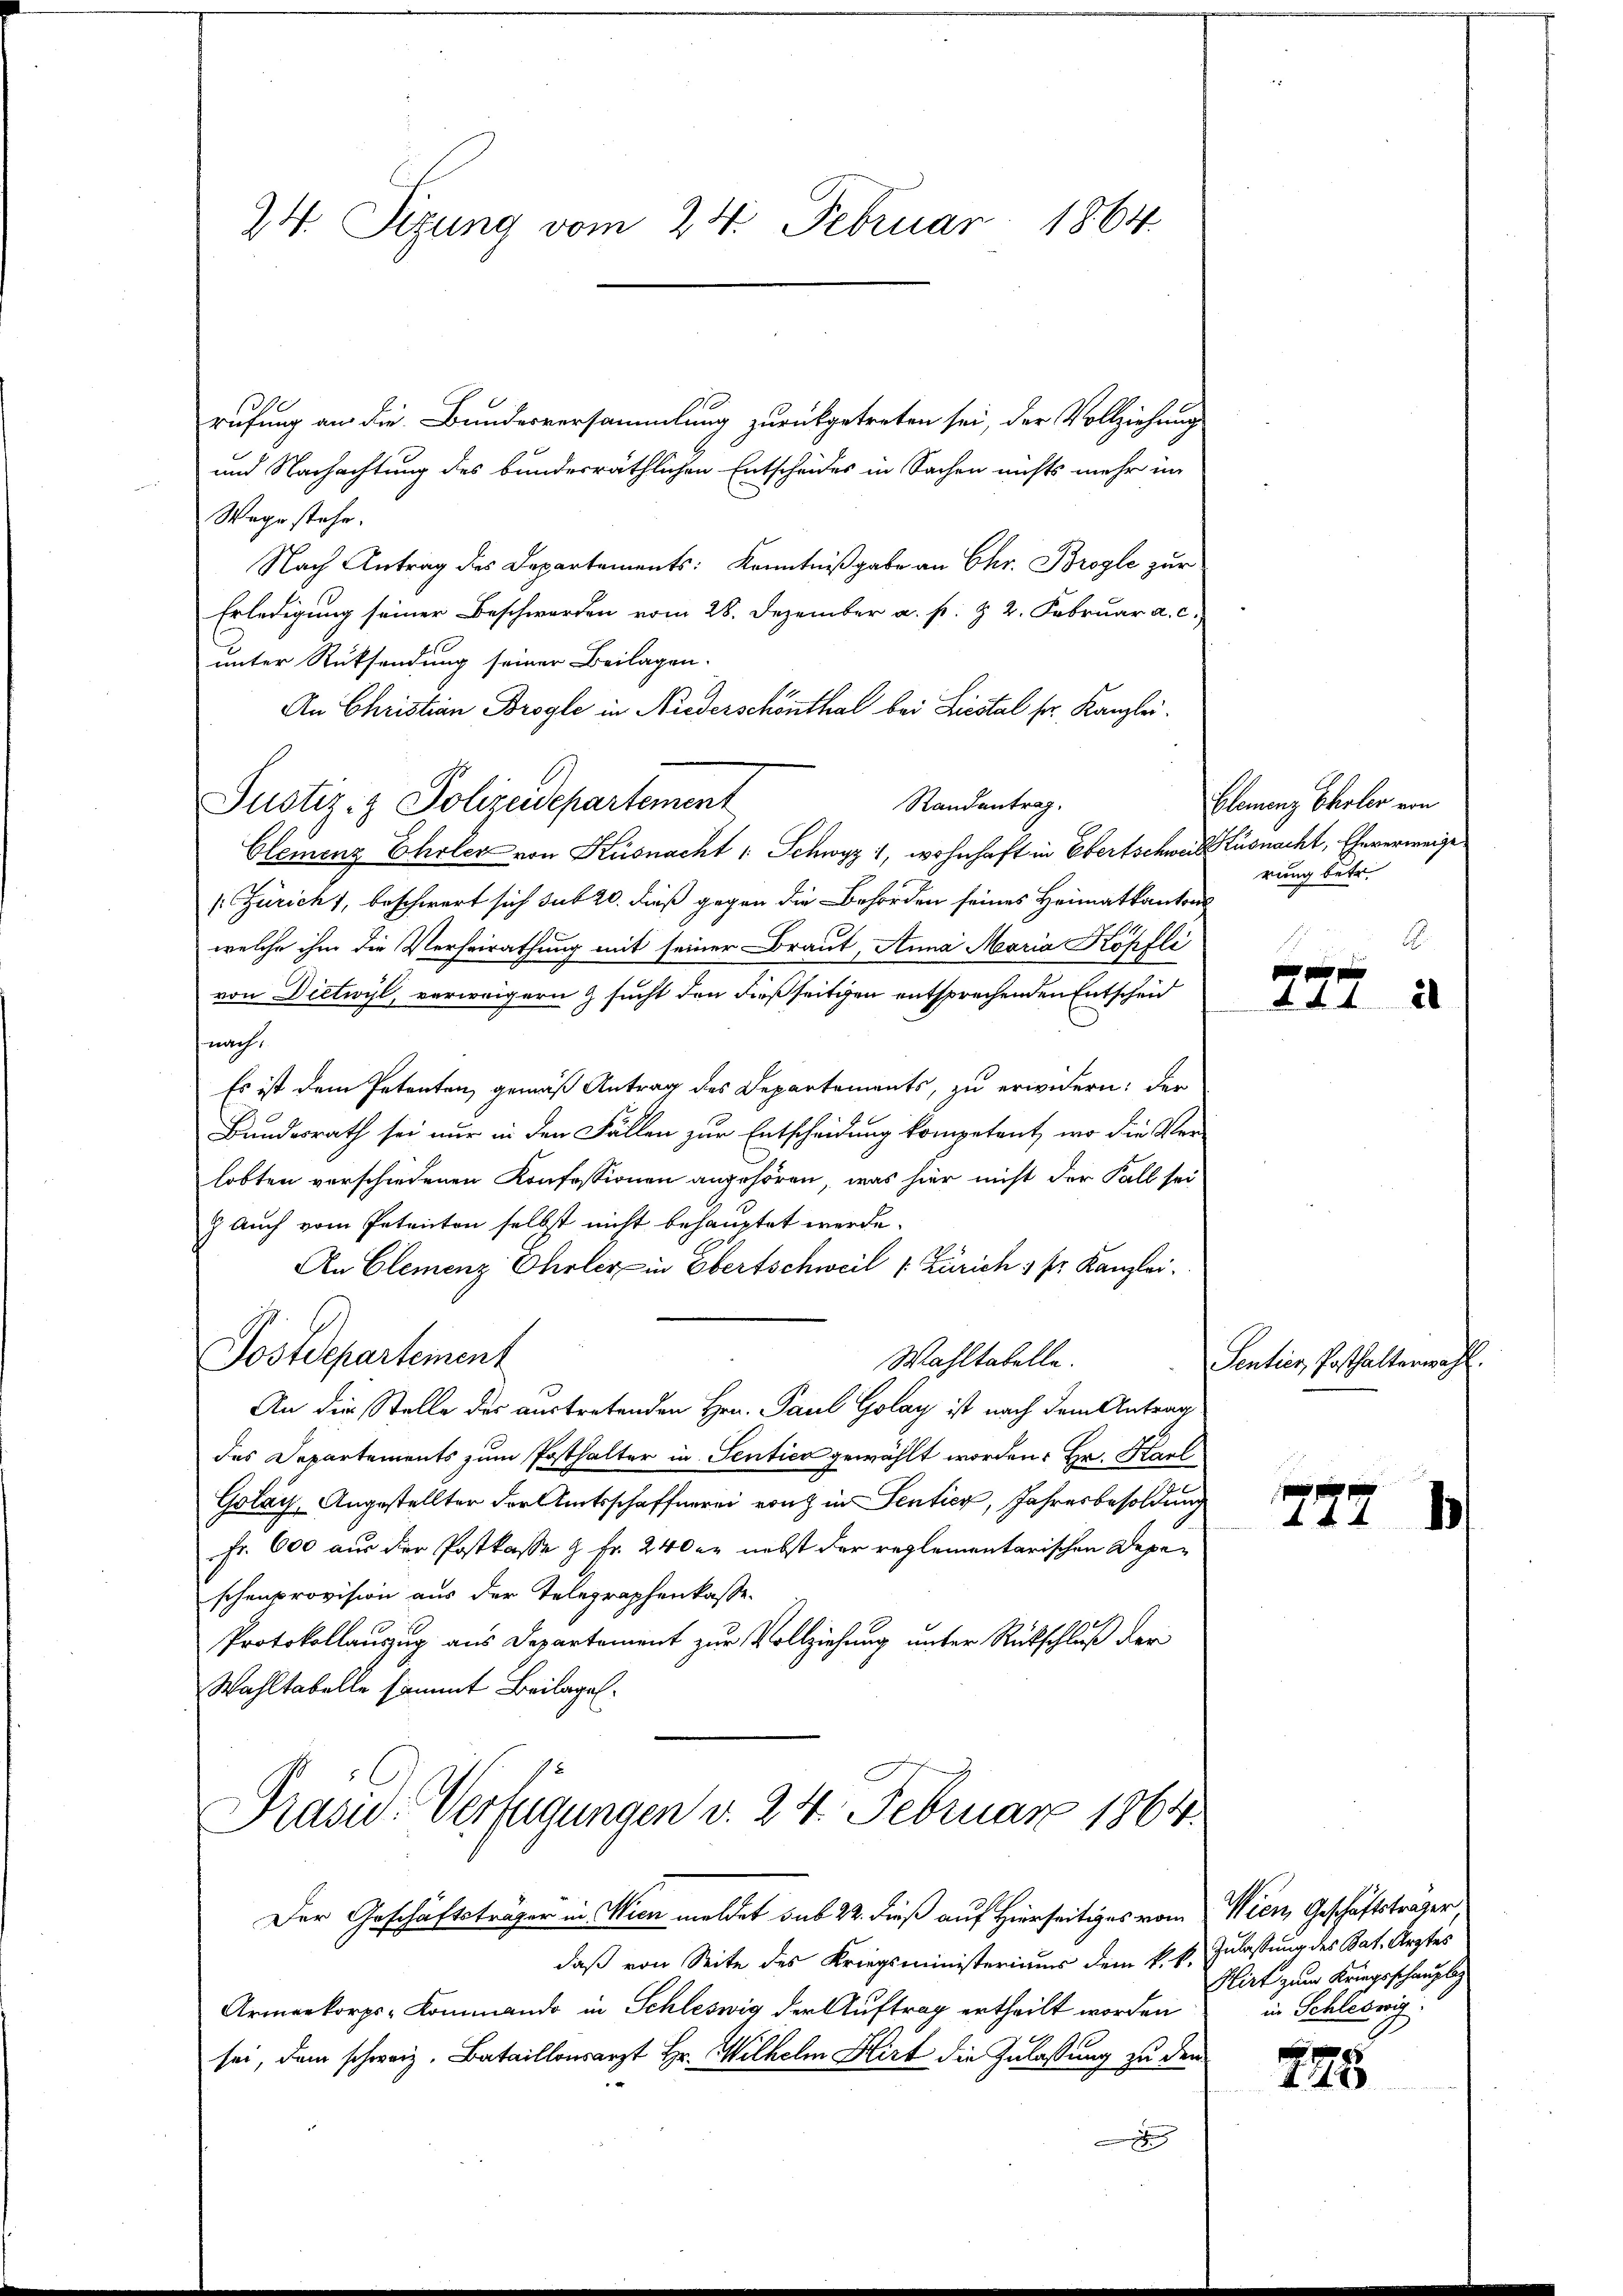
24. Sizung vom 24. Februar 1864.

rufung an die Bundesversammlung zurückgetreten sei, der Vollziehung
und Nachachtung des bundesräthlichen Entscheides in Sachen nichts mehr im
Wege stehe.
Nach Antrag des Departements: Kenntnißgabe an Chr. Brogle zur
Erledigung seiner Beschwerden vom 28. Dezember a. p. & 2. Februar a. c.
unter Rücksendung seiner Beilagen.
An Christian Brogle in Niederschönthal bei Liestal ser Kanzlei.
Randantrag.
Justiz- & Polizeidepartement
Clemenz Eheler von Küsnacht : Schwyz, wohnhaft in Ebertschweile Küsnacht, Eheverweige
s: Zürich, beschwert sich sub 20. dieß gegen die Behörden seines Heimatkantons
welche ihm die Verheirathung mit seiner Braut, Anna Maria Köpfli
von Dietwyl, verweigern & sucht den dießseitigen entsprechenden Entscheid
nach
Es ist dem Petenten, gemäß Antrag des Departements, zu erwidern; der
Bundesrath sei nur in den Fällen zur Entscheidung kompetent, wo die Verlobten verschiedenen Konfessionen angehören, was hier nicht der Fall sei
) Auch vom Petenten selbst nicht behauptet werde.
An Clemenz Eheler in Ebertschweil v. Zürich 3 fr. Kanzlei.
Postdepartement
Wahltabelle.
An die Stelle des austretenden Hrn. Paul Golay ist nach dem Antrag
des Departements zum Posthalter in Sentica gewählt worden. Hr. Karl
Golay, Angestellter der Amtsschaffnerei von in Sentier, Jahresbesoldung
Fr. 600 aus der Postkasse & Fr. 240 er nebst der reglementarischen Depen
schenprovision aus der Telegraphenkasse.
Protokollauszug aus Departement zur Vollziehung unter Rückschluß der
Wahltabelle sammt Beilagel¬
Präsid. Verfügungen d. 24. Februar 1864.
Der Geschäftsträger in Wien meldet sub 22. dieß auf Hierseitiges vom Wien, Geschäftstrager
daß von Seite des Kriegsministeriums dem k. k. Zulassung des Bat. Arztes
Armeekorps-Kommando in Schleswig der Auftrag ertheilt worden
sei, dem schweiz. Bataillonsarzt Hr. Wilhelm Glirt die Zulassung zu den

Elemenz Cholen von
rung betr.
1.

777

Sentier, Posthalterwahl.

2221

Klirt zum Kriegsschaupliz
in Schleswig.

278